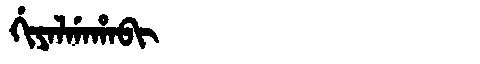
Manchu: ᡤᡳᠶᠠᠯᡤᠠᡥᠠᠪᡳ
Romanization: GIYALGAHABI